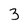
Character: 3